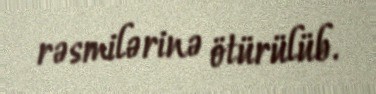
rəsmilərinə ötürülüb.